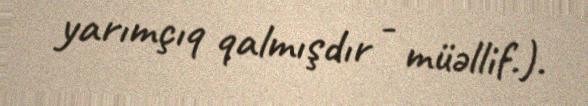
yarımçıq qalmışdır - müəllif.).